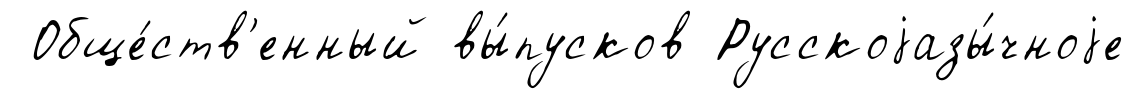
Обще́ств'енный вы́пусков Русскоjазы́чноjе